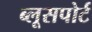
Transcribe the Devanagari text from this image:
ब्लूसपोर्ट